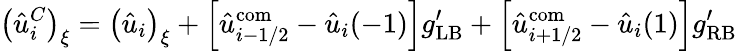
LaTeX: \left(\hat{u}_{i}^{C}\right)_{\xi}=\left(\hat{u}_{i}\right)_{\xi}+\left[\hat{u}_{i-1/2}^{\mathrm{com}}-\hat{u}_{i}(-1)\right]g_{\mathrm{LB}}^{\prime}+\left[\hat{u}_{i+1/2}^{\mathrm{com}}-\hat{u}_{i}(1)\right]g_{\mathrm{RB}}^{\prime}